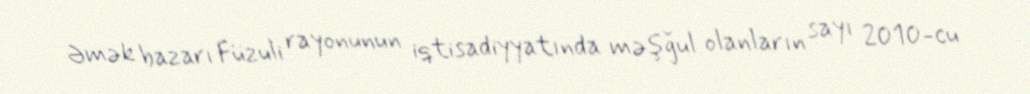
Əmək bazarı Füzuli rayonunun iqtisadiyyatında məşğul olanların sayı 2010-cu